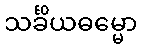
သင်္ခိယဓမ္မော